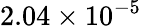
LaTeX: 2.04\times 10^{-5}